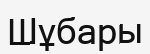
Шұбары